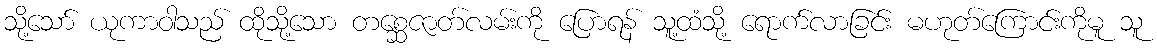
သို့သော် ယုကာဝါသည် ထိုသို့သော တစ္ဆေဇာတ်လမ်းကို ပြောရန် သူ့ထံသို့ ရောက်လာခြင်း မဟုတ်ကြောင်းကိုမူ သူ